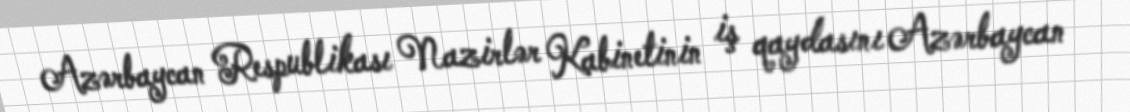
Azərbaycan Respublikası Nazirlər Kabinetinin iş qaydasını Azərbaycan